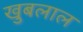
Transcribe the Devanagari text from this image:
खुबलाल